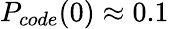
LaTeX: P_{code}(0)\approx 0.1